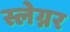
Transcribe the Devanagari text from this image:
स्लेग्नर